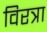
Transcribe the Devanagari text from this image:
विरत्रा